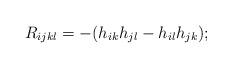
LaTeX: \begin{align*}R_{ijkl}=-(h_{ik}h_{jl}-h_{il}h_{jk});\end{align*}